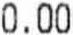
0.00